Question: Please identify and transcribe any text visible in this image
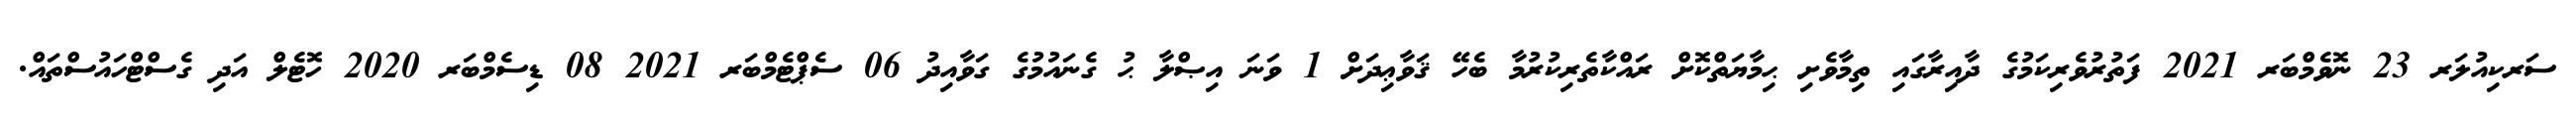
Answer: ސަރކިއުލަރ 23 ނޮވެމްބަރ 2021 ފަތުރުވެރިކަމުގެ ދާއިރާގައި ތިމާވެށި ޙިމާޔަތްކޮށް ރައްކާތެރިކުރުމާ ބެހޭ ޤަވާޢިދަށް 1 ވަނަ އިޞްލާ ޙު ގެނައުމުގެ ގަވާއިދު 06 ސެޕްޓެމްބަރ 2021 08 ޑިސެމްބަރ 2020 ހޮޓެލް އަދި ގެސްޓްހައުސްތައް.